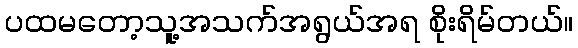
ပထမတော့သူ့အသက်အရွယ်အရ စိုးရိမ်တယ်။